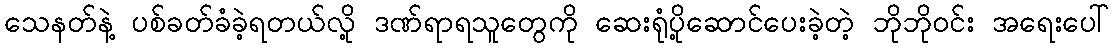
သေနတ်နဲ့ ပစ်ခတ်ခံခဲ့ရတယ်လို့ ဒဏ်ရာရသူတွေကို ဆေးရုံပို့ဆောင်ပေးခဲ့တဲ့ ဘိုဘိုဝင်း အရေးပေါ်